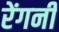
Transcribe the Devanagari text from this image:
रेंगनी